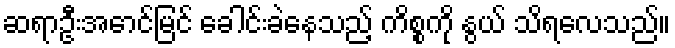
ဆရာဦးအောင်မြင် ခေါင်းခဲနေသည့် ကိစ္စကို နွယ် သိရလေသည်။